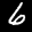
Label: 6